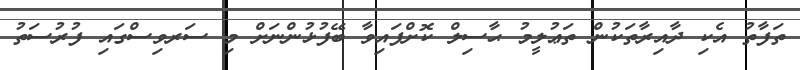
ތަފާތު އެކި ދާއިރާތަކުން ތަޢުލީމު ޙާސިލް ކޮށްފައިވާ ބޭފުޅުންނަށް މި ސަރވިސްގައި ފުރުސަތު